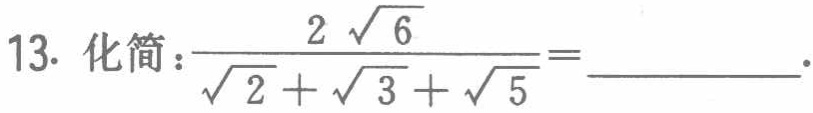
$13.\ 化简:\frac{2\sqrt{6}}{\sqrt{2}+\sqrt{3}+\sqrt{5}} = \_\_\_\_\_\_$